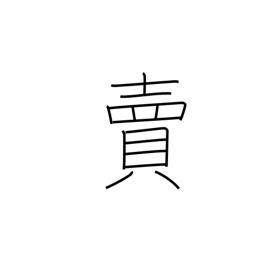
Meaning: betray